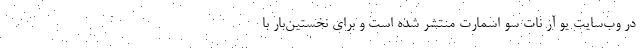
در وب‌سایت یو آر نات ‌سو اسمارت منتشر شده است و برای نخستین‌بار با